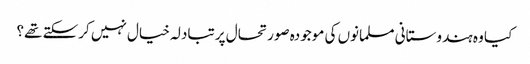
کیا وہ ہندوستانی مسلمانوں کی موجودہ صورتحال پر تبادلہ خیال نہیں کرسکتے تھے؟